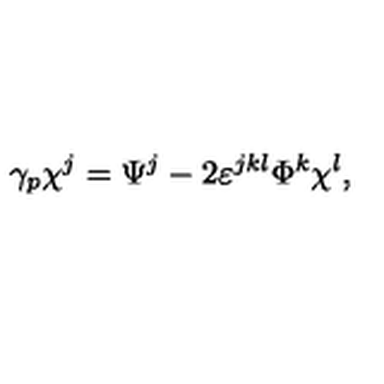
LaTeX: \gamma _ { p } \chi ^ { j } = \Psi ^ { j } - 2 \varepsilon ^ { j k l } \Phi ^ { k } \chi ^ { l } ,